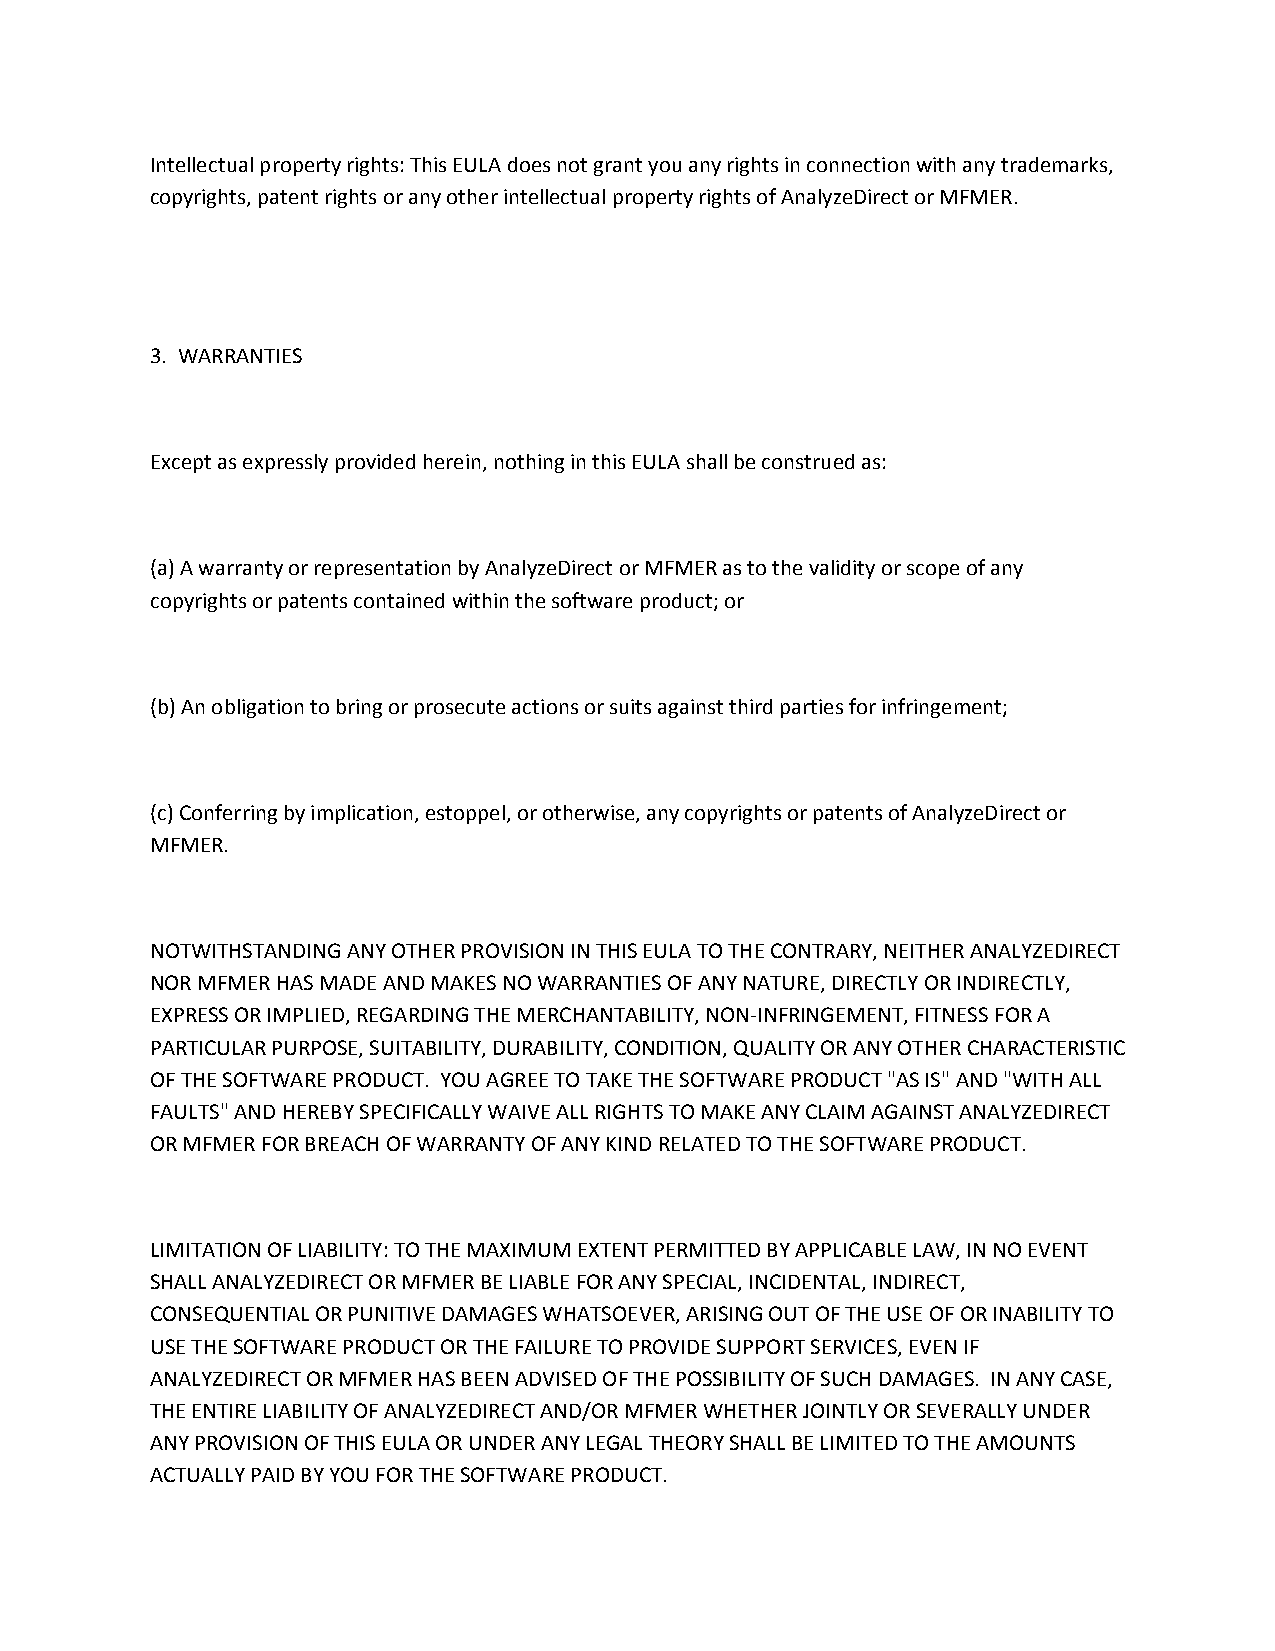
Intellectual property rights: This EULA does not grant you any rights in connection with any trademarks,
 copyrights, patent rights or any other intellectual property rights of AnalyzeDirect or MFMER.
 3. WARRANTIES
 Except as expressly provided herein, nothing in this EULA shall be construed as:
 (a) A warranty or representation by AnalyzeDirect or MFMER as to the validity or scope of any
 copyrights or patents contained within the software product; or
 (b) An obligation to bring or prosecute actions or suits against third parties for infringement;
 (c) Conferring by implication, estoppel, or otherwise, any copyrights or patents of AnalyzeDirect or
 MFMER.
 NOTWITHSTANDING ANY OTHER PROVISION IN THIS EULA TO THE CONTRARY, NEITHER ANALYZEDIRECT
 NOR MFMER HAS MADE AND MAKES NO WARRANTIES OF ANY NATURE, DIRECTLY OR INDIRECTLY,
 EXPRESS OR IMPLIED, REGARDING THE MERCHANTABILITY, NON-INFRINGEMENT, FITNESS FOR A
 PARTICULAR PURPOSE, SUITABILITY, DURABILITY, CONDITION, QUALITY OR ANY OTHER CHARACTERISTIC
 OF THE SOFTWARE PRODUCT. YOU AGREE TO TAKE THE SOFTWARE PRODUCT "AS IS" AND "WITH ALL
 FAULTS" AND HEREBY SPECIFICALLY WAIVE ALL RIGHTS TO MAKE ANY CLAIM AGAINST ANALYZEDIRECT
 OR MFMER FOR BREACH OF WARRANTY OF ANY KIND RELATED TO THE SOFTWARE PRODUCT.
 LIMITATION OF LIABILITY: TO THE MAXIMUM EXTENT PERMITTED BY APPLICABLE LAW, IN NO EVENT
 SHALL ANALYZEDIRECT OR MFMER BE LIABLE FOR ANY SPECIAL, INCIDENTAL, INDIRECT,
 CONSEQUENTIAL OR PUNITIVE DAMAGES WHATSOEVER, ARISING OUT OF THE USE OF OR INABILITY TO
 USE THE SOFTWARE PRODUCT OR THE FAILURE TO PROVIDE SUPPORT SERVICES, EVEN IF
 ANALYZEDIRECT OR MFMER HAS BEEN ADVISED OF THE POSSIBILITY OF SUCH DAMAGES. IN ANY CASE,
 THE ENTIRE LIABILITY OF ANALYZEDIRECT AND/OR MFMER WHETHER JOINTLY OR SEVERALLY UNDER
 ANY PROVISION OF THIS EULA OR UNDER ANY LEGAL THEORY SHALL BE LIMITED TO THE AMOUNTS
 ACTUALLY PAID BY YOU FOR THE SOFTWARE PRODUCT.